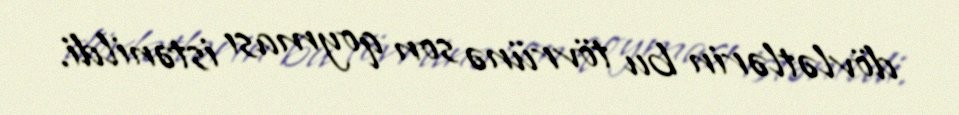
dövlətlərin bu tövrünə son qoyması istənildi.